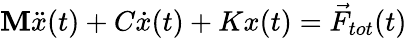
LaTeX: \mathbf{M}\ddot{{x}}(t)+C\dot{{x}}(t)+Kx(t)=\vec{{F}}_{tot}(t)